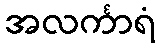
အလင်္ကာရံ